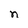
Character: n